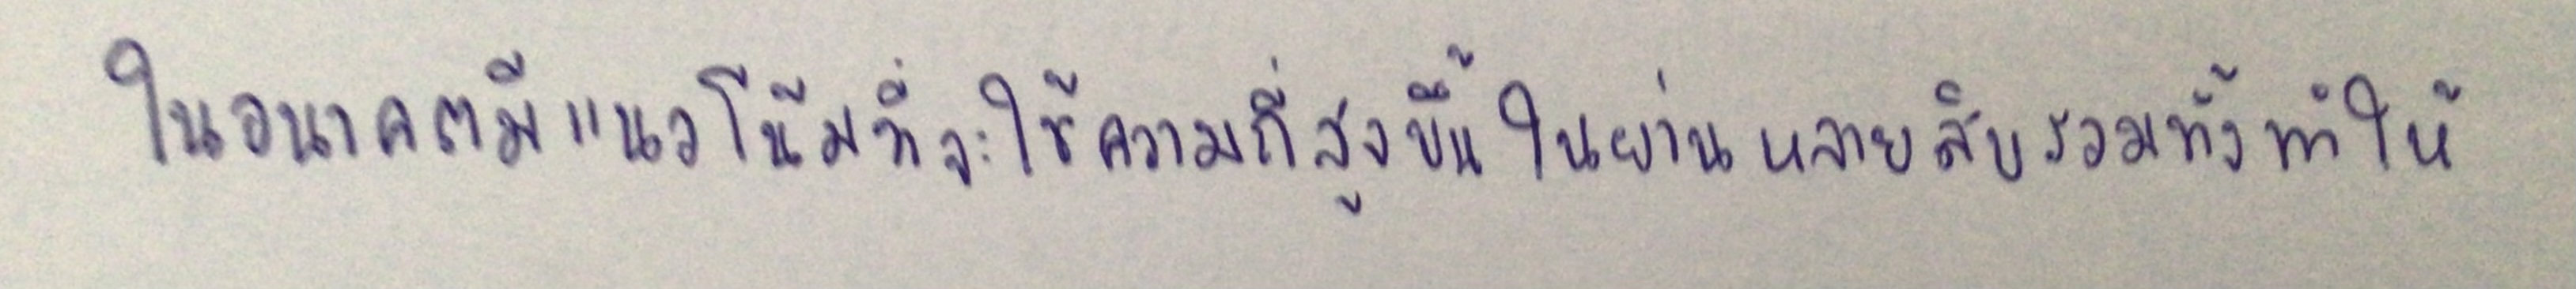
ในอนาคตมีแนวโน้มที่จะใช้ความถี่สูงขึ้นในย่านหลายสิบรวมทั้งทำให้